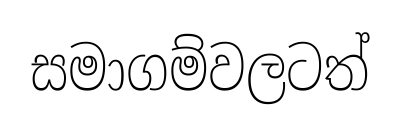
සමාගම්වලටත්